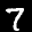
Label: 7